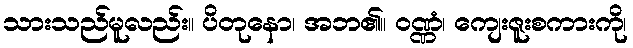
သားသည်မူလည်း။ ပိတုနော၊ အဘ၏။ ဝဏ္ဏံ၊ ကျေးဇူးစကားကို၊